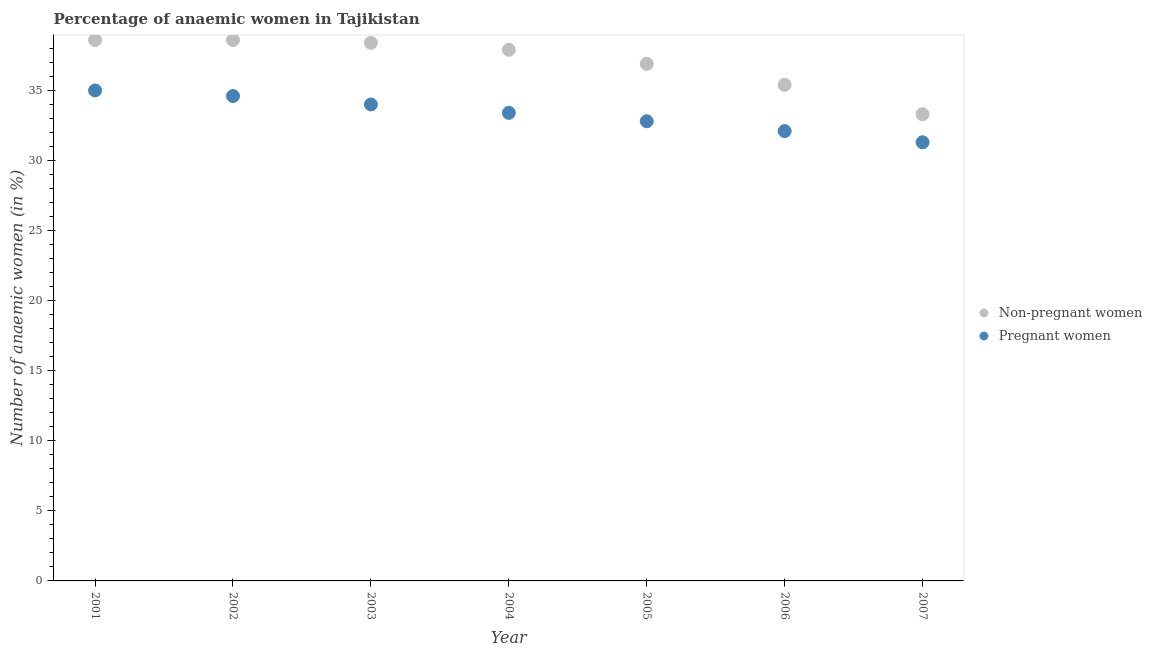
| Year | Non-pregnant women | Pregnant women |
 | --- | --- | --- |
 | 2001 | 38.6 | 35 |
 | 2002 | 38.6 | 34.6 |
 | 2003 | 38.4 | 34 |
 | 2004 | 37.9 | 33.4 |
 | 2005 | 36.9 | 32.8 |
 | 2006 | 35.4 | 32.1 |
 | 2007 | 33.3 | 31.3 |